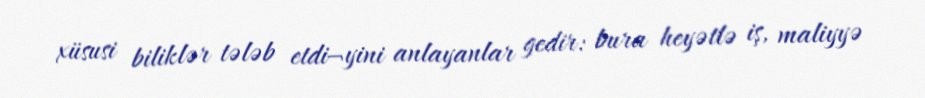
xüsusi biliklər tələb etdi¬yini anlayanlar gedir: bura heyətlə iş, maliyyə